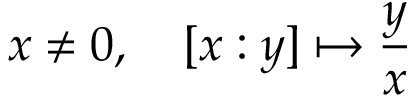
x \neq 0 , \quad [ x : y ] \mapsto { \frac { y } { x } }